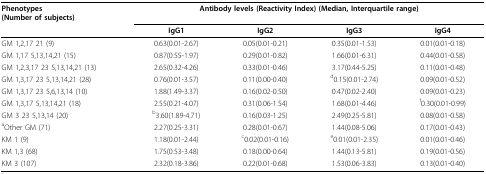
<table><thead><tr><td><b>Phenotypes(Number of subjects)</b></td><td colspan="4"><b>Antibody levels (Reactivity Index) (Median, Interquartile range)</b></td></tr><tr><td></td><td><b>IgG1</b></td><td><b>IgG2</b></td><td><b>IgG3</b></td><td><b>IgG4</b></td></tr></thead><tbody><tr><td>GM 1,2,17 21 (9)</td><td>0.63(0.01-2.67)</td><td>0.05(0.01-0.21)</td><td>0.35(0.01-1.53)</td><td>0.01(0.01-0.18)</td></tr><tr><td>GM 1,17 5,13,14,21 (15)</td><td>0.87(0.55-1.97)</td><td>0.29(0.01-0.82)</td><td>1.66(0.01-6.31)</td><td>0.44(0.01-0.58)</td></tr><tr><td>GM 1,2,3,17 23 5,13,14,21 (13)</td><td>2.65(0.32-4.26)</td><td>0.33(0.01-0.46)</td><td>3.17(0.44-5.25)</td><td>0.11(0.01-0.48)</td></tr><tr><td>GM 1,3,17 23 5,13,14,21 (28)</td><td>0.76(0.01-3.57)</td><td>0.11(0.00-0.40)</td><td><sup>d</sup>0.15(0.01-2.74)</td><td>0.09(0.01-0.52)</td></tr><tr><td>GM 1,3,17 23 5,6,13,14 (10)</td><td>1.88(1.49-3.37)</td><td>0.16(0.02-0.50)</td><td>0.47(0.02-2.40)</td><td>0.09(0.01-0.23)</td></tr><tr><td>GM 1,3,17 5,13,14,21 (18)</td><td>2.55(0.21-4.07)</td><td>0.31(0.06-1.54)</td><td>1.68(0.01-4.46)</td><td><sup>f</sup>0.30(0.01-0.99)</td></tr><tr><td>GM 3 23 5,13,14 (20)</td><td><sup>b</sup>3.60(1.89-4.71)</td><td>0.16(0.03-1.25)</td><td>2.49(0.25-5.81)</td><td>0.08(0.01-0.58)</td></tr><tr><td><sup>a</sup>Other GM (71)</td><td>2.27(0.25-3.31)</td><td>0.28(0.01-0.67)</td><td>1.44(0.08-5.06)</td><td>0.17(0.01-0.43)</td></tr><tr><td>KM 1 (9)</td><td>1.18(0.01-2.44)</td><td><sup>c</sup>0.02(0.01-0.16)</td><td><sup>e</sup>0.01(0.01-2.35)</td><td>0.01(0.01-0.46)</td></tr><tr><td>KM 1,3 (68)</td><td>1.75(0.53-3.48)</td><td>0.18(0.00-0.64)</td><td>1.44(0.13-5.81)</td><td>0.19(0.01-0.56)</td></tr><tr><td>KM 3 (107)</td><td>2.32(0.18-3.86)</td><td>0.22(0.01-0.68)</td><td>1.53(0.06-3.83)</td><td>0.13(0.01-0.40)</td></tr></tbody></table>